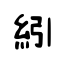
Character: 紖